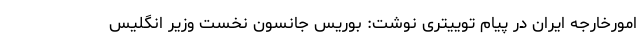
امورخارجه ایران در پیام توییتری نوشت: بوریس جانسون نخست وزیر انگلیس